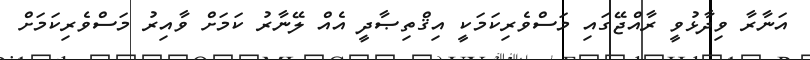
އަނާރާ ވިދާޅުވީ ރާއްޖޭގައި މަސްވެރިކަމަކީ އިޤްތިޞާދީ އެއް ލޭނާރު ކަމަށް ވާއިރު މަސްވެރިކަމަށް